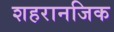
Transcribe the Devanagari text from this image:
शहरानजिक